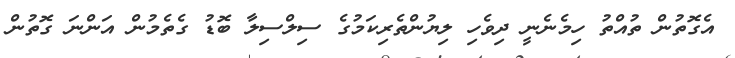
އެގޮތުން ތުއްތު ހިމެނެނީ ދިވެހި ލިޔުންތެރިކަމުގެ ސިލްސިލާ ބޮޑު ގެތެމުން އަންނަ ގޮތުން